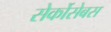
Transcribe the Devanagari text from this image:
सेर्कोसेबस